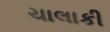
ચાલાકી